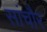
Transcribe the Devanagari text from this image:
सांचौर